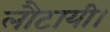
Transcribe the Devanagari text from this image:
लौटायी।